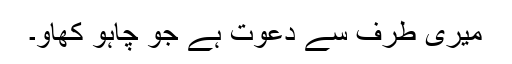
میری طرف سے دعوت ہے جو چاہو کھاو۔